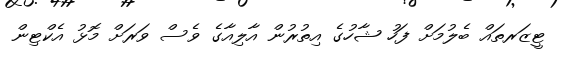
ޓީޒަރތައް ބެލުމަށް ފަހު ޝާހުގެ އިތުރުން އާލިއާގެ ވެސް ވަރަށް މޮޅު އެކްޓިން